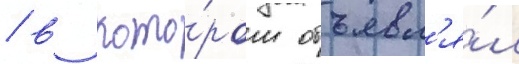
/ в кото́ром объявл'я́л